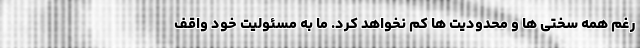
رغم همه سختی ها و محدودیت ها کم نخواهد کرد. ما به مسئولیت خود واقف